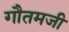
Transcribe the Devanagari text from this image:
गौतमजी